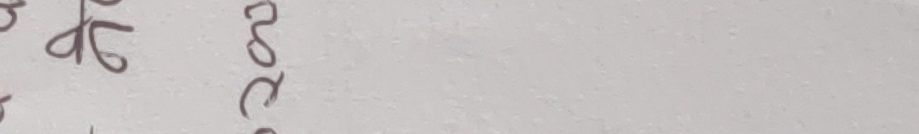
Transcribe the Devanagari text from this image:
भर्वस